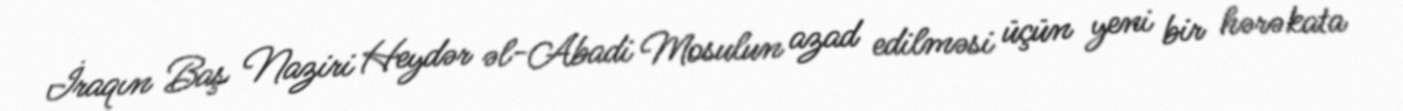
İraqın Baş Naziri Heydər əl-Abadi Mosulun azad edilməsi üçün yeni bir hərəkata